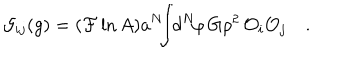
{ \cal G } _ { i j } ( g ) = ( { \cal F } \ln A ) a ^ { N } \! \! \! \int \! \! d ^ { N } \! \varphi \, G \rho ^ { 2 } \, { \cal O } _ { i } { \cal O } _ { j } \quad .